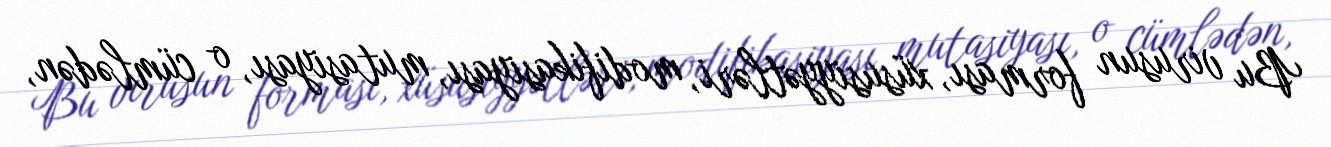
Bu virusun forması, xüsusiyyətləri, modifikasiyası, mutasiyası, o cümlədən,